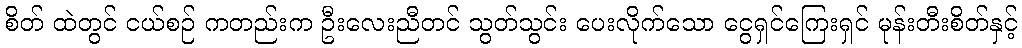
စိတ် ထဲတွင် ငယ်စဉ် ကတည်းက ဦးလေးညီတင် သွတ်သွင်း ပေးလိုက်သော ငွေရှင်ကြေးရှင် မုန်းတီးစိတ်နှင့်